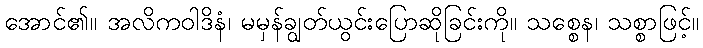
အောင်၏။ အလိကဝါဒိနံ၊ မမှန်ချွတ်ယွင်းပြောဆိုခြင်းကို။ သစ္စေန၊ သစ္စာဖြင့်။